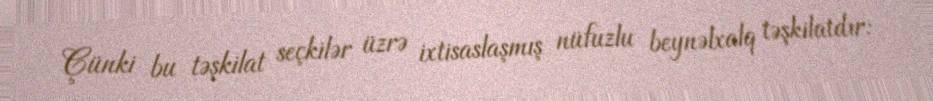
Çünki bu təşkilat seçkilər üzrə ixtisaslaşmış nüfuzlu beynəlxalq təşkilatdır: